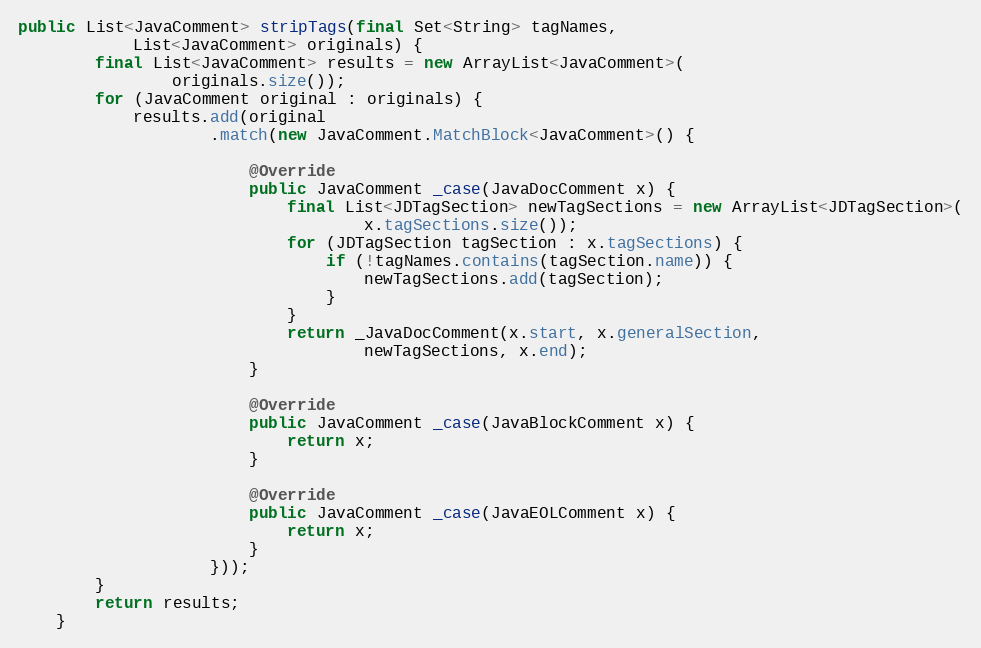
Language: Java
public List<JavaComment> stripTags(final Set<String> tagNames,
            List<JavaComment> originals) {
        final List<JavaComment> results = new ArrayList<JavaComment>(
                originals.size());
        for (JavaComment original : originals) {
            results.add(original
                    .match(new JavaComment.MatchBlock<JavaComment>() {

                        @Override
                        public JavaComment _case(JavaDocComment x) {
                            final List<JDTagSection> newTagSections = new ArrayList<JDTagSection>(
                                    x.tagSections.size());
                            for (JDTagSection tagSection : x.tagSections) {
                                if (!tagNames.contains(tagSection.name)) {
                                    newTagSections.add(tagSection);
                                }
                            }
                            return _JavaDocComment(x.start, x.generalSection,
                                    newTagSections, x.end);
                        }

                        @Override
                        public JavaComment _case(JavaBlockComment x) {
                            return x;
                        }

                        @Override
                        public JavaComment _case(JavaEOLComment x) {
                            return x;
                        }
                    }));
        }
        return results;
    }